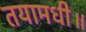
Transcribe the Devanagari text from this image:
तयामधी॥